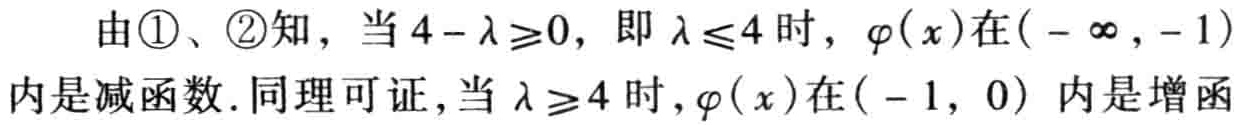
由\textcircled{1}、\textcircled{2}知，当\(4 - \lambda \geq 0\)，即\(\lambda \leq 4\)时，\(\varphi(x)\)在\(( - \infty, - 1)\)内是减函数. 同理可证，当\(\lambda \geq 4\)时，\(\varphi(x)\)在\(( - 1, 0)\)内是增函